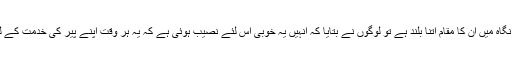
میں نے لوگوں سے پوچھا کہ سوہنا سائیں میں ایسی کیا خصوصیت ہے کہ اپنے پیر کی نگاہ میں ان کا مقام اتنا بلند ہے تو لوگوں نے بتایا کہ انہیں یہ خوبی اس لئے نصیب ہوئی ہے کہ یہ ہر وقت اپنے پیر کی خدمت کے لئے کمر بستہ رہتے ہیں اور ہمیشہ اپنے مرشد کی رضا کی جستجو میں لگے رہتے ہیں۔